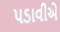
પડાવીએ